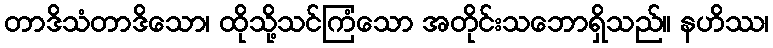
တာဒိသံတာဒိသော၊ ထိုသို့သင်ကြံသော အတိုင်းသဘောရှိသည်။ နဟိဿ၊